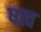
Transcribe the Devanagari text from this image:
षत्व